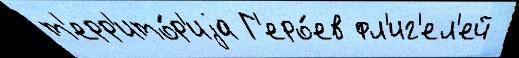
т'ерр'ито́р'иjа Г'еро́ев фл'иг'ел'ей